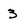
Character: 3